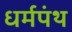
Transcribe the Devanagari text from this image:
धर्मपंथ